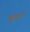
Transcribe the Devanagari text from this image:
विभाषाएं